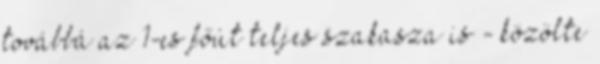
továbbá az 1-es főút teljes szakasza is - közölte